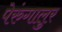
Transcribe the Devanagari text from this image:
पेरुंगालुर